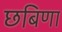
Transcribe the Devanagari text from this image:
छबिणा